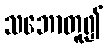
သဘောတူ၍